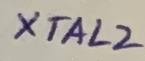
Text: XTAL2